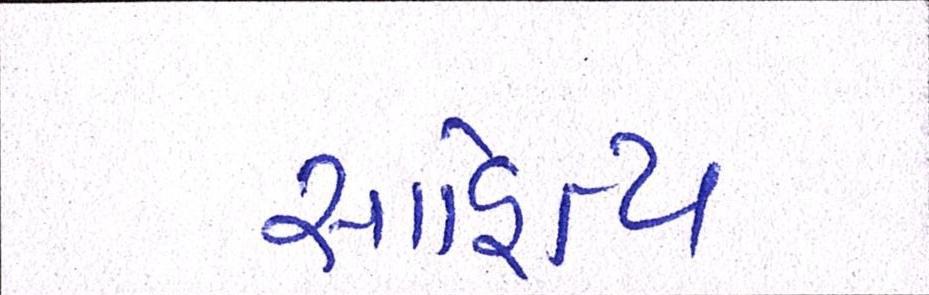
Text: સાહિત્ય